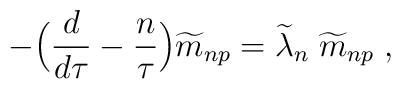
-\Bigr({d\over d\tau}-{n\over \tau}\Bigr){\widetilde m}_{np}={\widetilde \lambda}_{n} \;{\widetilde m}_{np} \; ,